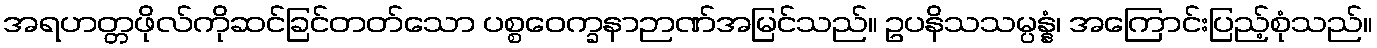
အရဟတ္တဖိုလ်ကိုဆင်ခြင်တတ်သော ပစ္စဝေက္ခနာဉာဏ်အမြင်သည်။ ဥပနိသသမ္ပန္နံ၊ အကြောင်းပြည့်စုံသည်။